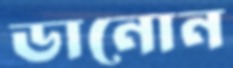
ডানোন